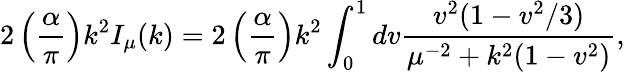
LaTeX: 2\left(\frac{\alpha}{\pi}\right)k^{2}I_{\mu}(k)=2\left(\frac{\alpha}{\pi}\right)k^{2}\int_{0}^{1}dv\frac{v^{2}(1-v^{2}/3)}{\mu^{-2}+k^{2}(1-v^{2})},